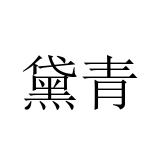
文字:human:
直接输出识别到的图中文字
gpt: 黛青